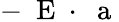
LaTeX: -\mathrm{~\mathbf~E~}\cdot\mathrm{~\mathbf~a~}